Annual administration report of the Civil Veterinary Department of India - 1899-1900
Year: 1899
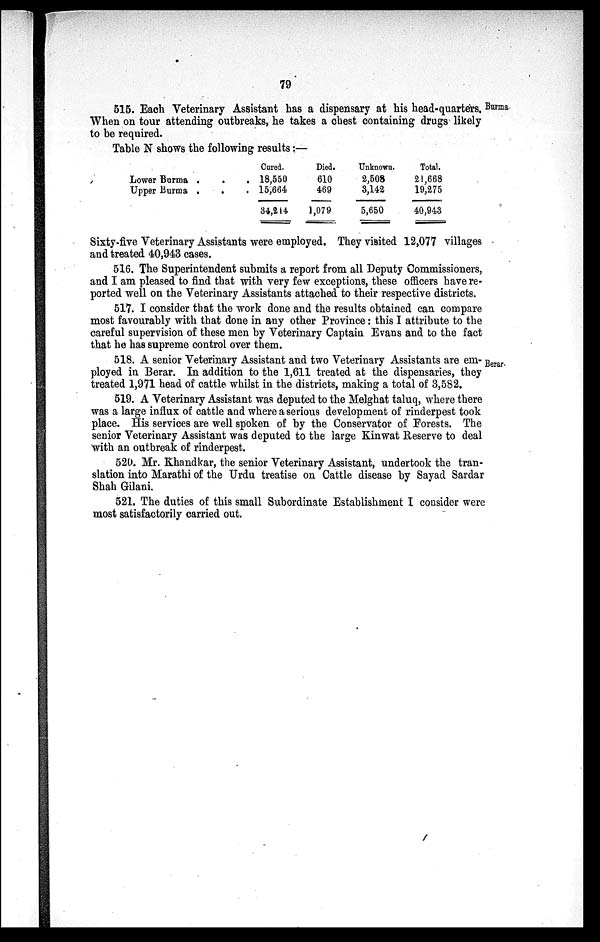
79
Burma
515. Each Veterinary Assistant has a dispensary at his head-quarters, Burma
When on tour attending outbreaks, he takes a chest containing drugs likely
to be required.
Table N shows the following results:—
Lower Burma . . .
Upper Burma . . .
Cured.
18,550
15,664
34,214
Died.
610
469
1,079
Unknown.
2,508
3,142
5,650
Total.
21,668
19,275
40,943
Sixty-five Veterinary Assistants were employed. They visited 12,077 villages
and treated 40,943 cases.
516. The Superintendent submits a report from all Deputy Commissioners,
and I am pleased to find that with very few exceptions, these officers have re-
ported well on the Veterinary Assistants attached to their respective districts.
517. I consider that the work done and the results obtained can compare
most favourably with that done in any other Province: this I attribute to the
careful supervision of these men by Veterinary Captain Evans and to the fact
that he has supreme control over them.
Berar.
518. A senior Veterinary Assistant and two Veterinary Assistants are em-
ployed in Berar. In addition to the 1,611 treated at the dispensaries, they
treated 1,971 head of cattle whilst in the districts, making a total of 3,582.
519. A Veterinary Assistant was deputed to the Melghat taluq, where there
was a large influx of cattle and where a serious development of rinderpest took
place. His services are well spoken of by the Conservator of Forests. The
senior Veterinary Assistant was deputed to the large Kinwat Reserve to deal
with an outbreak of rinderpest.
520. Mr. Khandkar, the senior Veterinary Assistant, undertook the tran-
slation into Marathi of the Urdu treatise on Cattle disease by Sayad Sardar
Shah Gilani.
521. The duties of this small Subordinate Establishment I consider were
most satisfactorily carried out.